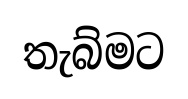
තැබ්මට